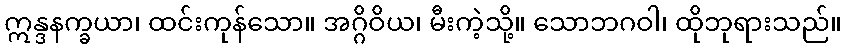
ဣန္ဒနက္ခယာ၊ ထင်းကုန်သော။ အဂ္ဂိဝိယ၊ မီးကဲ့သို့။ သောဘဂဝါ၊ ထိုဘုရားသည်။